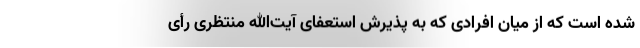
شده است که از میان افرادی که به پذیرش استعفای آیت‌الله منتظری رأی